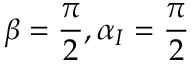
\beta = \frac { \pi } { 2 } , \alpha _ { I } = \frac { \pi } { 2 }